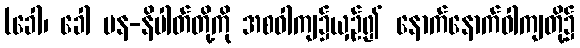
(ခေါ၊ ခေါ ပန-နိပါတ်တို့ကို အစဝါကျ၌ယှဉ်၍ နောက်နောက်ဝါကျတို့၌